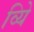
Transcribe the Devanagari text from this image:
व्यिे